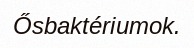
Ősbaktériumok.